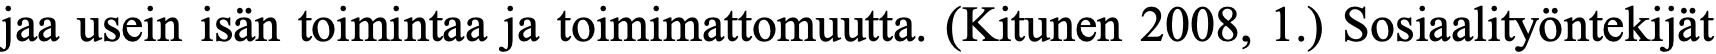
jaa usein isän toimintaa ja toimimattomuutta. (Kitunen 2008, 1.) Sosiaalityöntekijät